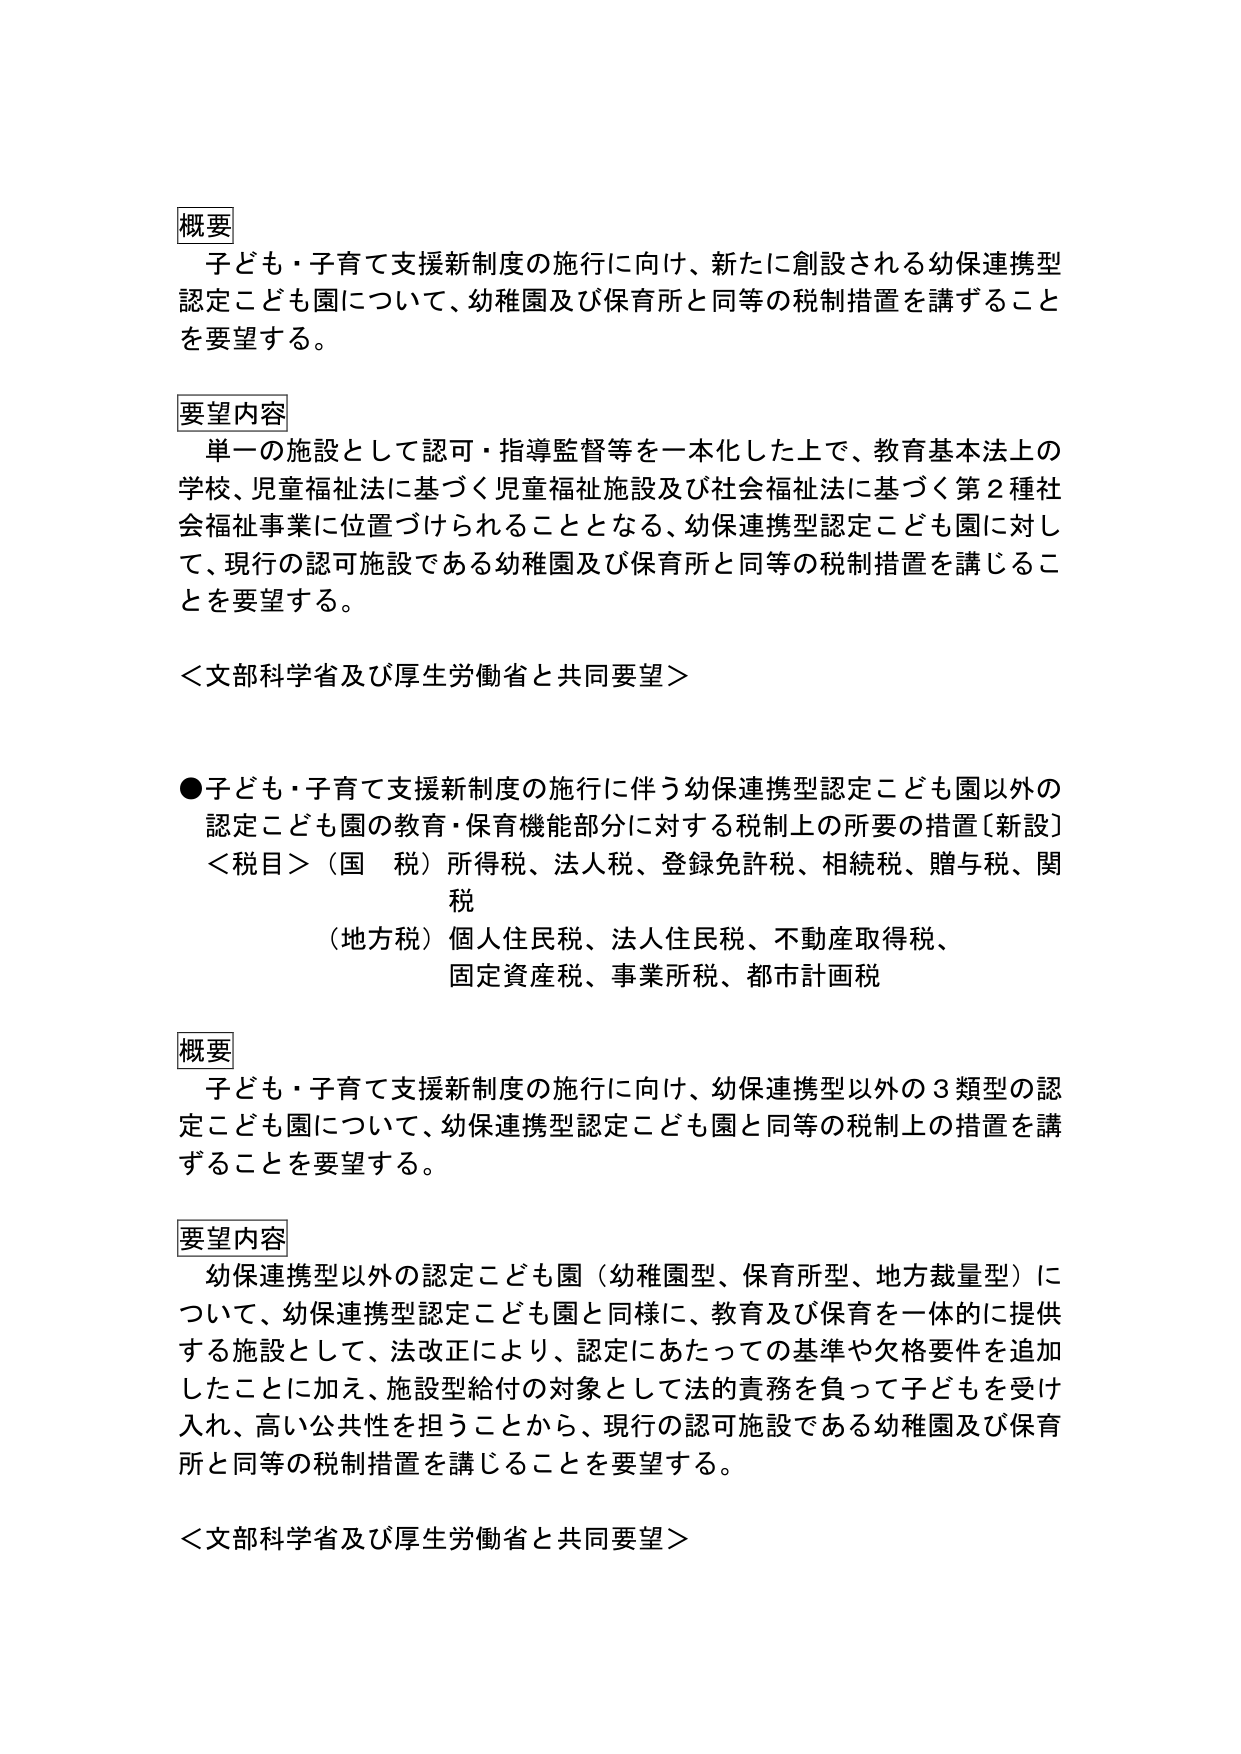
概要
子ども・子育て支援新制度の施行に向け、新たに創設される幼保連携型認定こども園について、幼稚園及び保育所と同等の税制措置を講ずることを要望する。

要望内容
単一の施設として認可・指導監督等を一本化した上で、教育基本法上の学校、児童福祉法に基づく児童福祉施設及び社会福祉法に基づく第2種社会福祉事業に位置づけられることとなる、幼保連携型認定こども園に対して、現行の認可施設である幼稚園及び保育所と同等の税制措置を講じることを要望する。

＜文部科学省及び厚生労働省と共同要望＞

●子ども・子育て支援新制度の施行に伴う幼保連携型認定こども園以外の認定こども園の教育・保育機能部分に対する税制上の所要の措置〔新設〕
＜税目＞（国税）所得税、法人税、登録免許税、相続税、贈与税、関税
（地方税）個人住民税、法人住民税、不動産取得税、固定資産税、事業所税、都市計画税

概要
子ども・子育て支援新制度の施行に向け、幼保連携型以外の3類型の認定こども園について、幼保連携型認定こども園と同等の税制上の措置を講ずることを要望する。

要望内容
幼保連携型以外の認定こども園（幼稚園型、保育所型、地方裁量型）について、幼保連携型認定こども園と同様に、教育及び保育を一体的に提供する施設として、法改正により、認定にあたっての基準や欠格要件を追加したことに加え、施設型給付の対象として法的責務を負って子どもを受け入れ、高い公共性を担うことから、現行の認可施設である幼稚園及び保育所と同等の税制措置を講じることを要望する。

＜文部科学省及び厚生労働省と共同要望＞